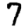
Digit: 7